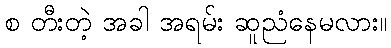
စ တီးတဲ့ အခါ အရမ်း ဆူညံနေမလား။